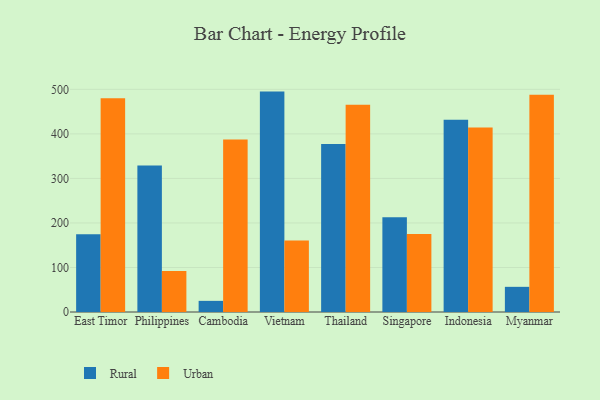
{"axis": {"x": "Country", "y": "Headcount"}, "legend": ["Rural", "Urban"], "data": [{"x": "East Timor", "y": 174.6, "type": "Rural"}, {"x": "East Timor", "y": 479.9, "type": "Urban"}, {"x": "Philippines", "y": 328.7, "type": "Rural"}, {"x": "Philippines", "y": 91.9, "type": "Urban"}, {"x": "Cambodia", "y": 25.0, "type": "Rural"}, {"x": "Cambodia", "y": 387.5, "type": "Urban"}, {"x": "Vietnam", "y": 494.9, "type": "Rural"}, {"x": "Vietnam", "y": 160.3, "type": "Urban"}, {"x": "Thailand", "y": 377.1, "type": "Rural"}, {"x": "Thailand", "y": 465.2, "type": "Urban"}, {"x": "Singapore", "y": 212.7, "type": "Rural"}, {"x": "Singapore", "y": 175.4, "type": "Urban"}, {"x": "Indonesia", "y": 431.6, "type": "Rural"}, {"x": "Indonesia", "y": 414.2, "type": "Urban"}, {"x": "Myanmar", "y": 56.5, "type": "Rural"}, {"x": "Myanmar", "y": 487.8, "type": "Urban"}]}